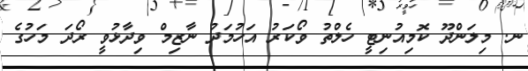
ނ. މިލަންދޫ ކޮމިއުނިޓީ ހެލްތު ވޯކަރު އަހުމަދު ނާޒިމް ވިދާޅުވީ ރޯދަ މަހުގެ